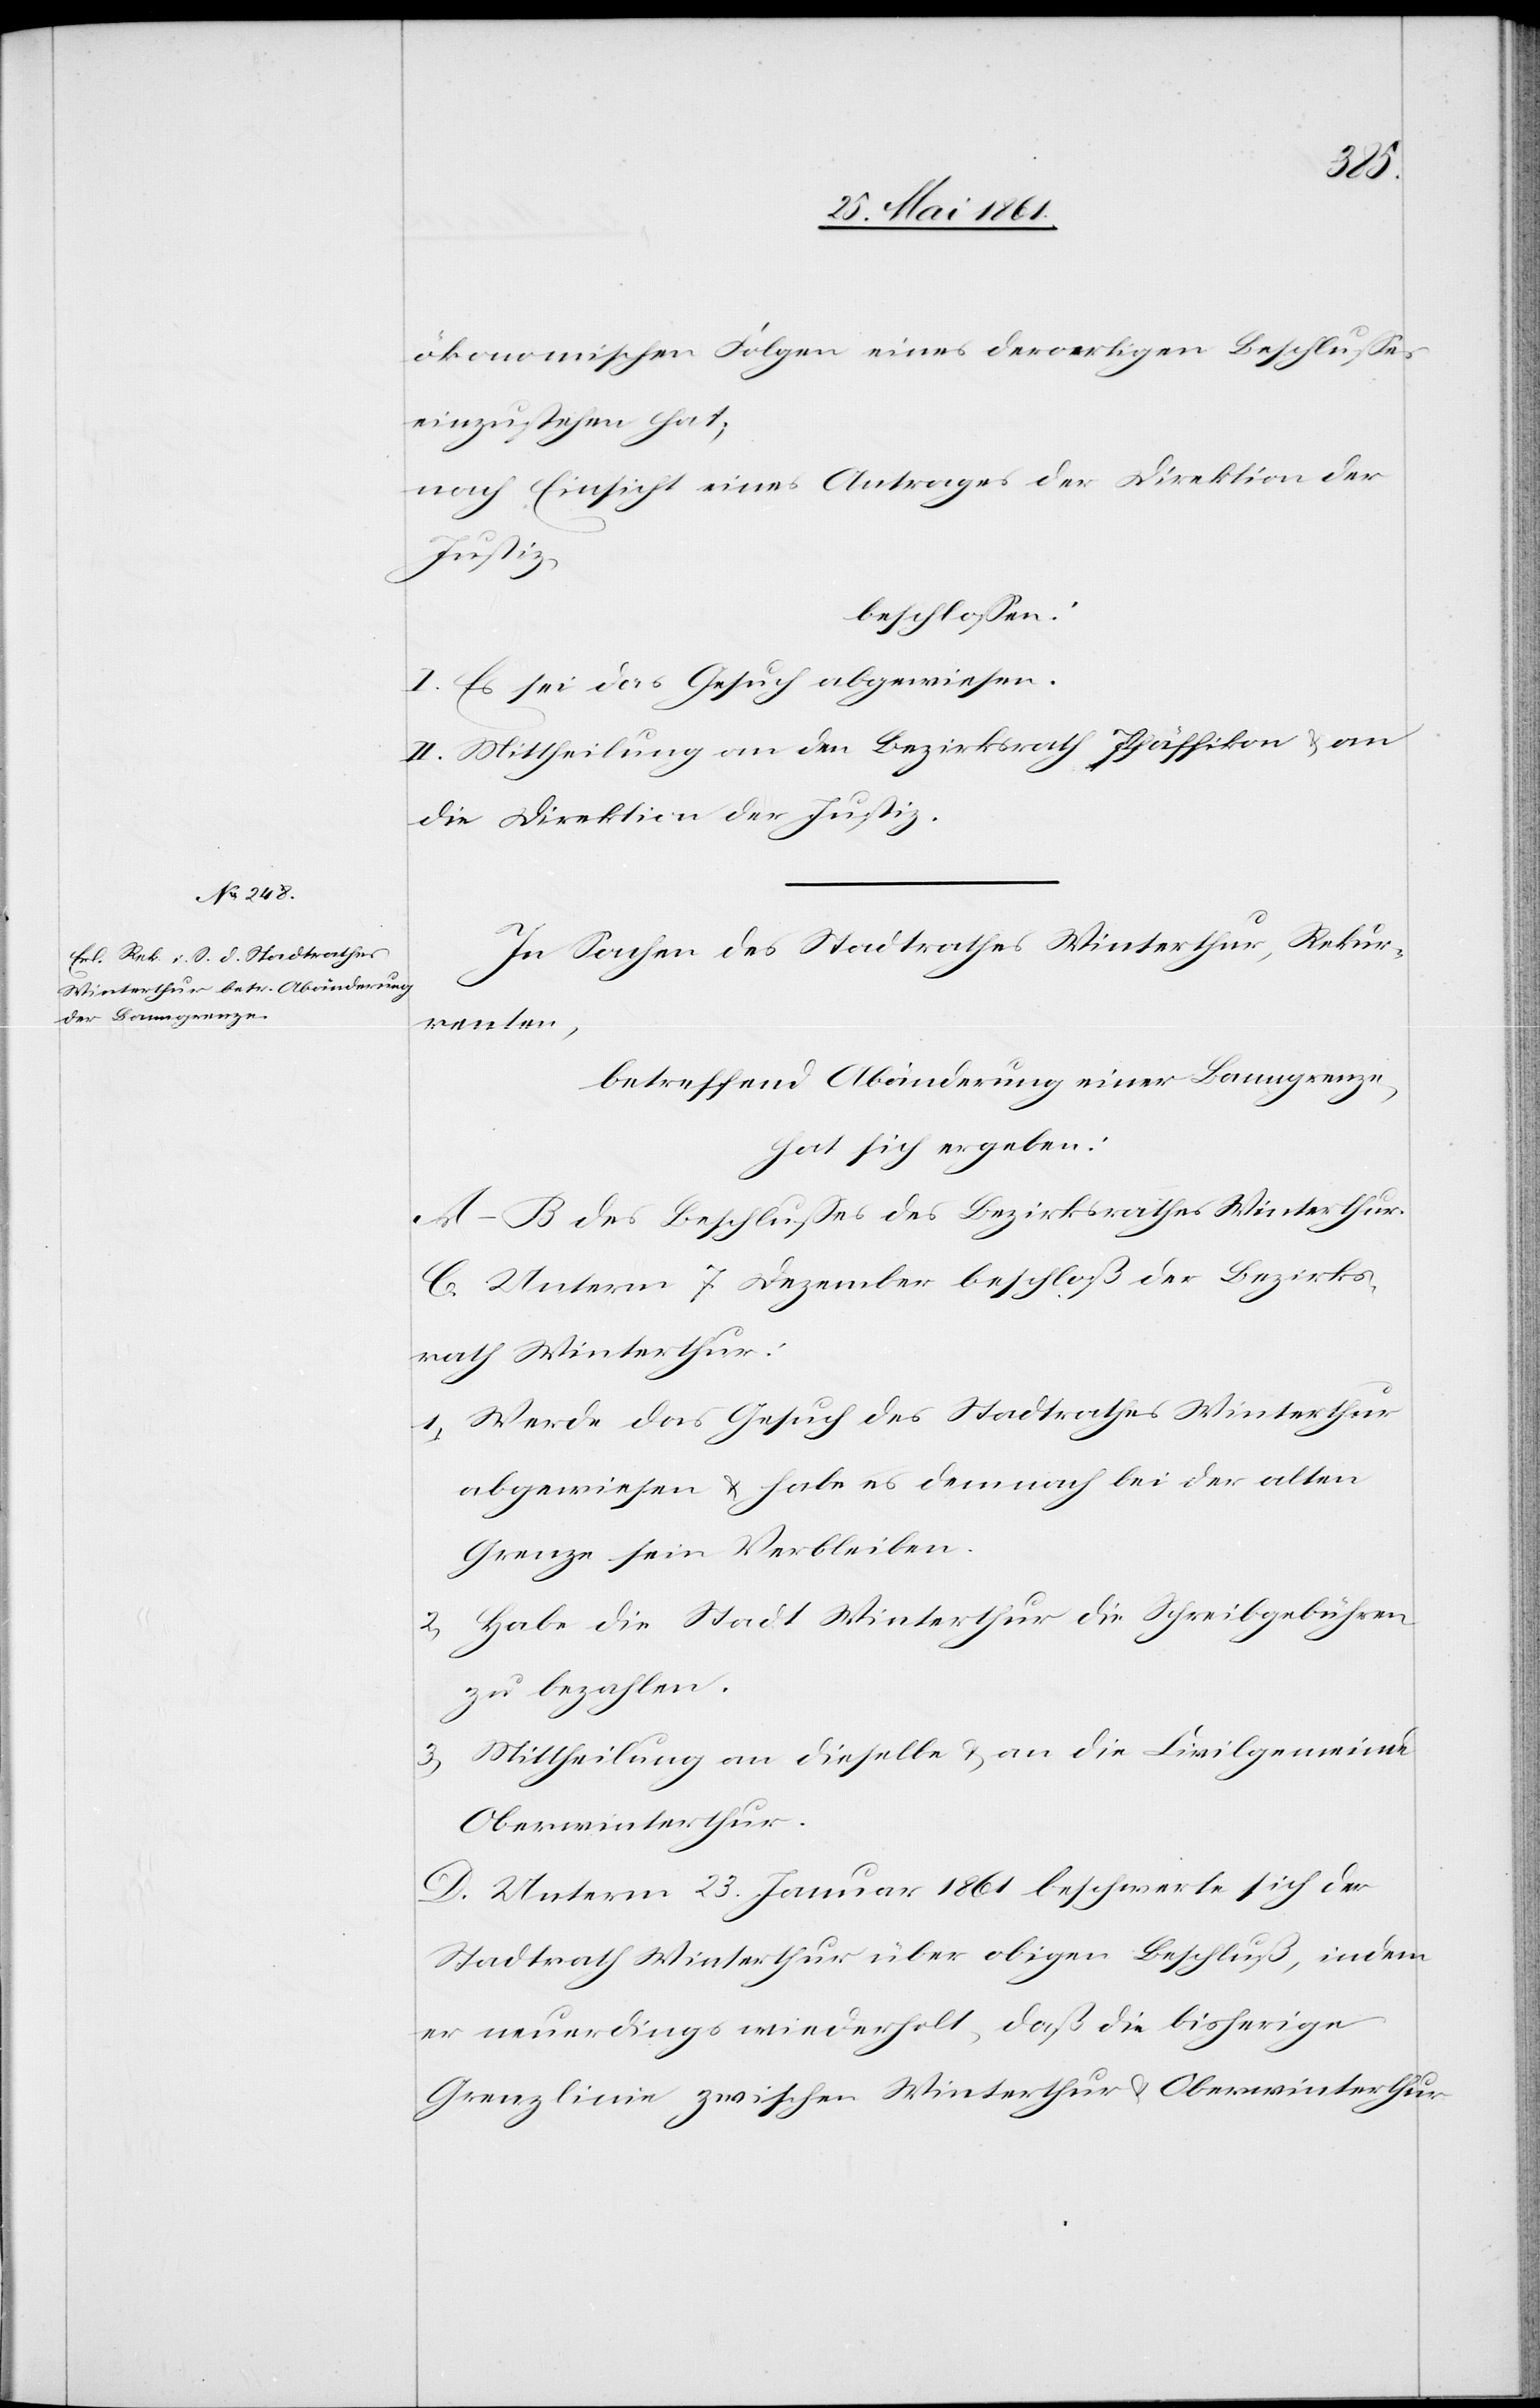
3.
ökonomischen Folgen eines derartigen Beschlusses
einzustehen hat;
nach Einsicht eines Antrages der Direktion der
Justiz,
beschlossen:
I. Es sei das Gesuch abgewiesen.
II. Mittheilung an den Bezirksrath Pfäffikon u. an
die Direktion der Justiz.
In Sachen des Stadtrathes Winterthur, Rekur¬
renten,
betreffend Abänderung einer Banngrenze
hat sich ergeben:
A–B. Des Beschlusses des Bezirksrathes Winterthur.
C. Unterm 7. Dezember beschloß der Bezirks¬
rath Winterthur:
1. Werde das Gesuch des Stadtrathes Winterthur
abgewiesen u. habe es demnach bei der alten
Grenze sein Verbleiben.
2. Habe die Stadt Winterthur die Schreibgebühren
zu bezahlen.
Mittheilung an dieselbe u. an die Civilgemeinde
Oberwinterthur.
D. Unterm 23. Januar 1861 beschwert sich der
Stadtrath Winterthur über obigen Beschluß, indem
er neuerdings wiederholt, daß die bisherige
Grenzlinie zwischen Winterthur u. Oberwinterthur